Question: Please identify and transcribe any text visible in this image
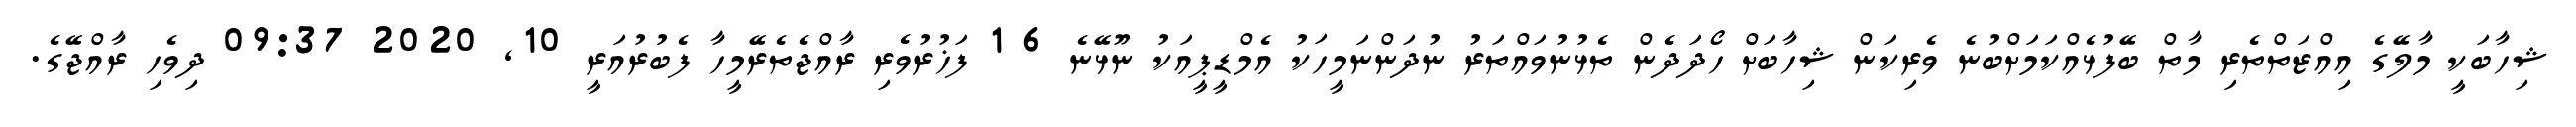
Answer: ޝިހާބަކީ މާލޭގެ އިއްޒަތްތެރި މާތް ބޭފުޅެއްކަމަށްބުނެ ވެރިކަން ޝިހާބަށް ހޯދަދެން ތެޅުނުވައްތަރު ނުދަންނަމީހަކު އެމްޑީޕީއަކު ނޫޅޭނެ 6 1 ފަޚުރުވެރި ރާއްޖެތެރޭމީހާ ފެބުރުއަރީ 10, 2020 09:37 ދިވެހި ރާއްޖޭގެ.